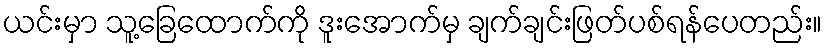
ယင်းမှာ သူ့ခြေထောက်ကို ဒူးအောက်မှ ချက်ချင်းဖြတ်ပစ်ရန်ပေတည်း။